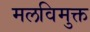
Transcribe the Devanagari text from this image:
मलविमुक्त